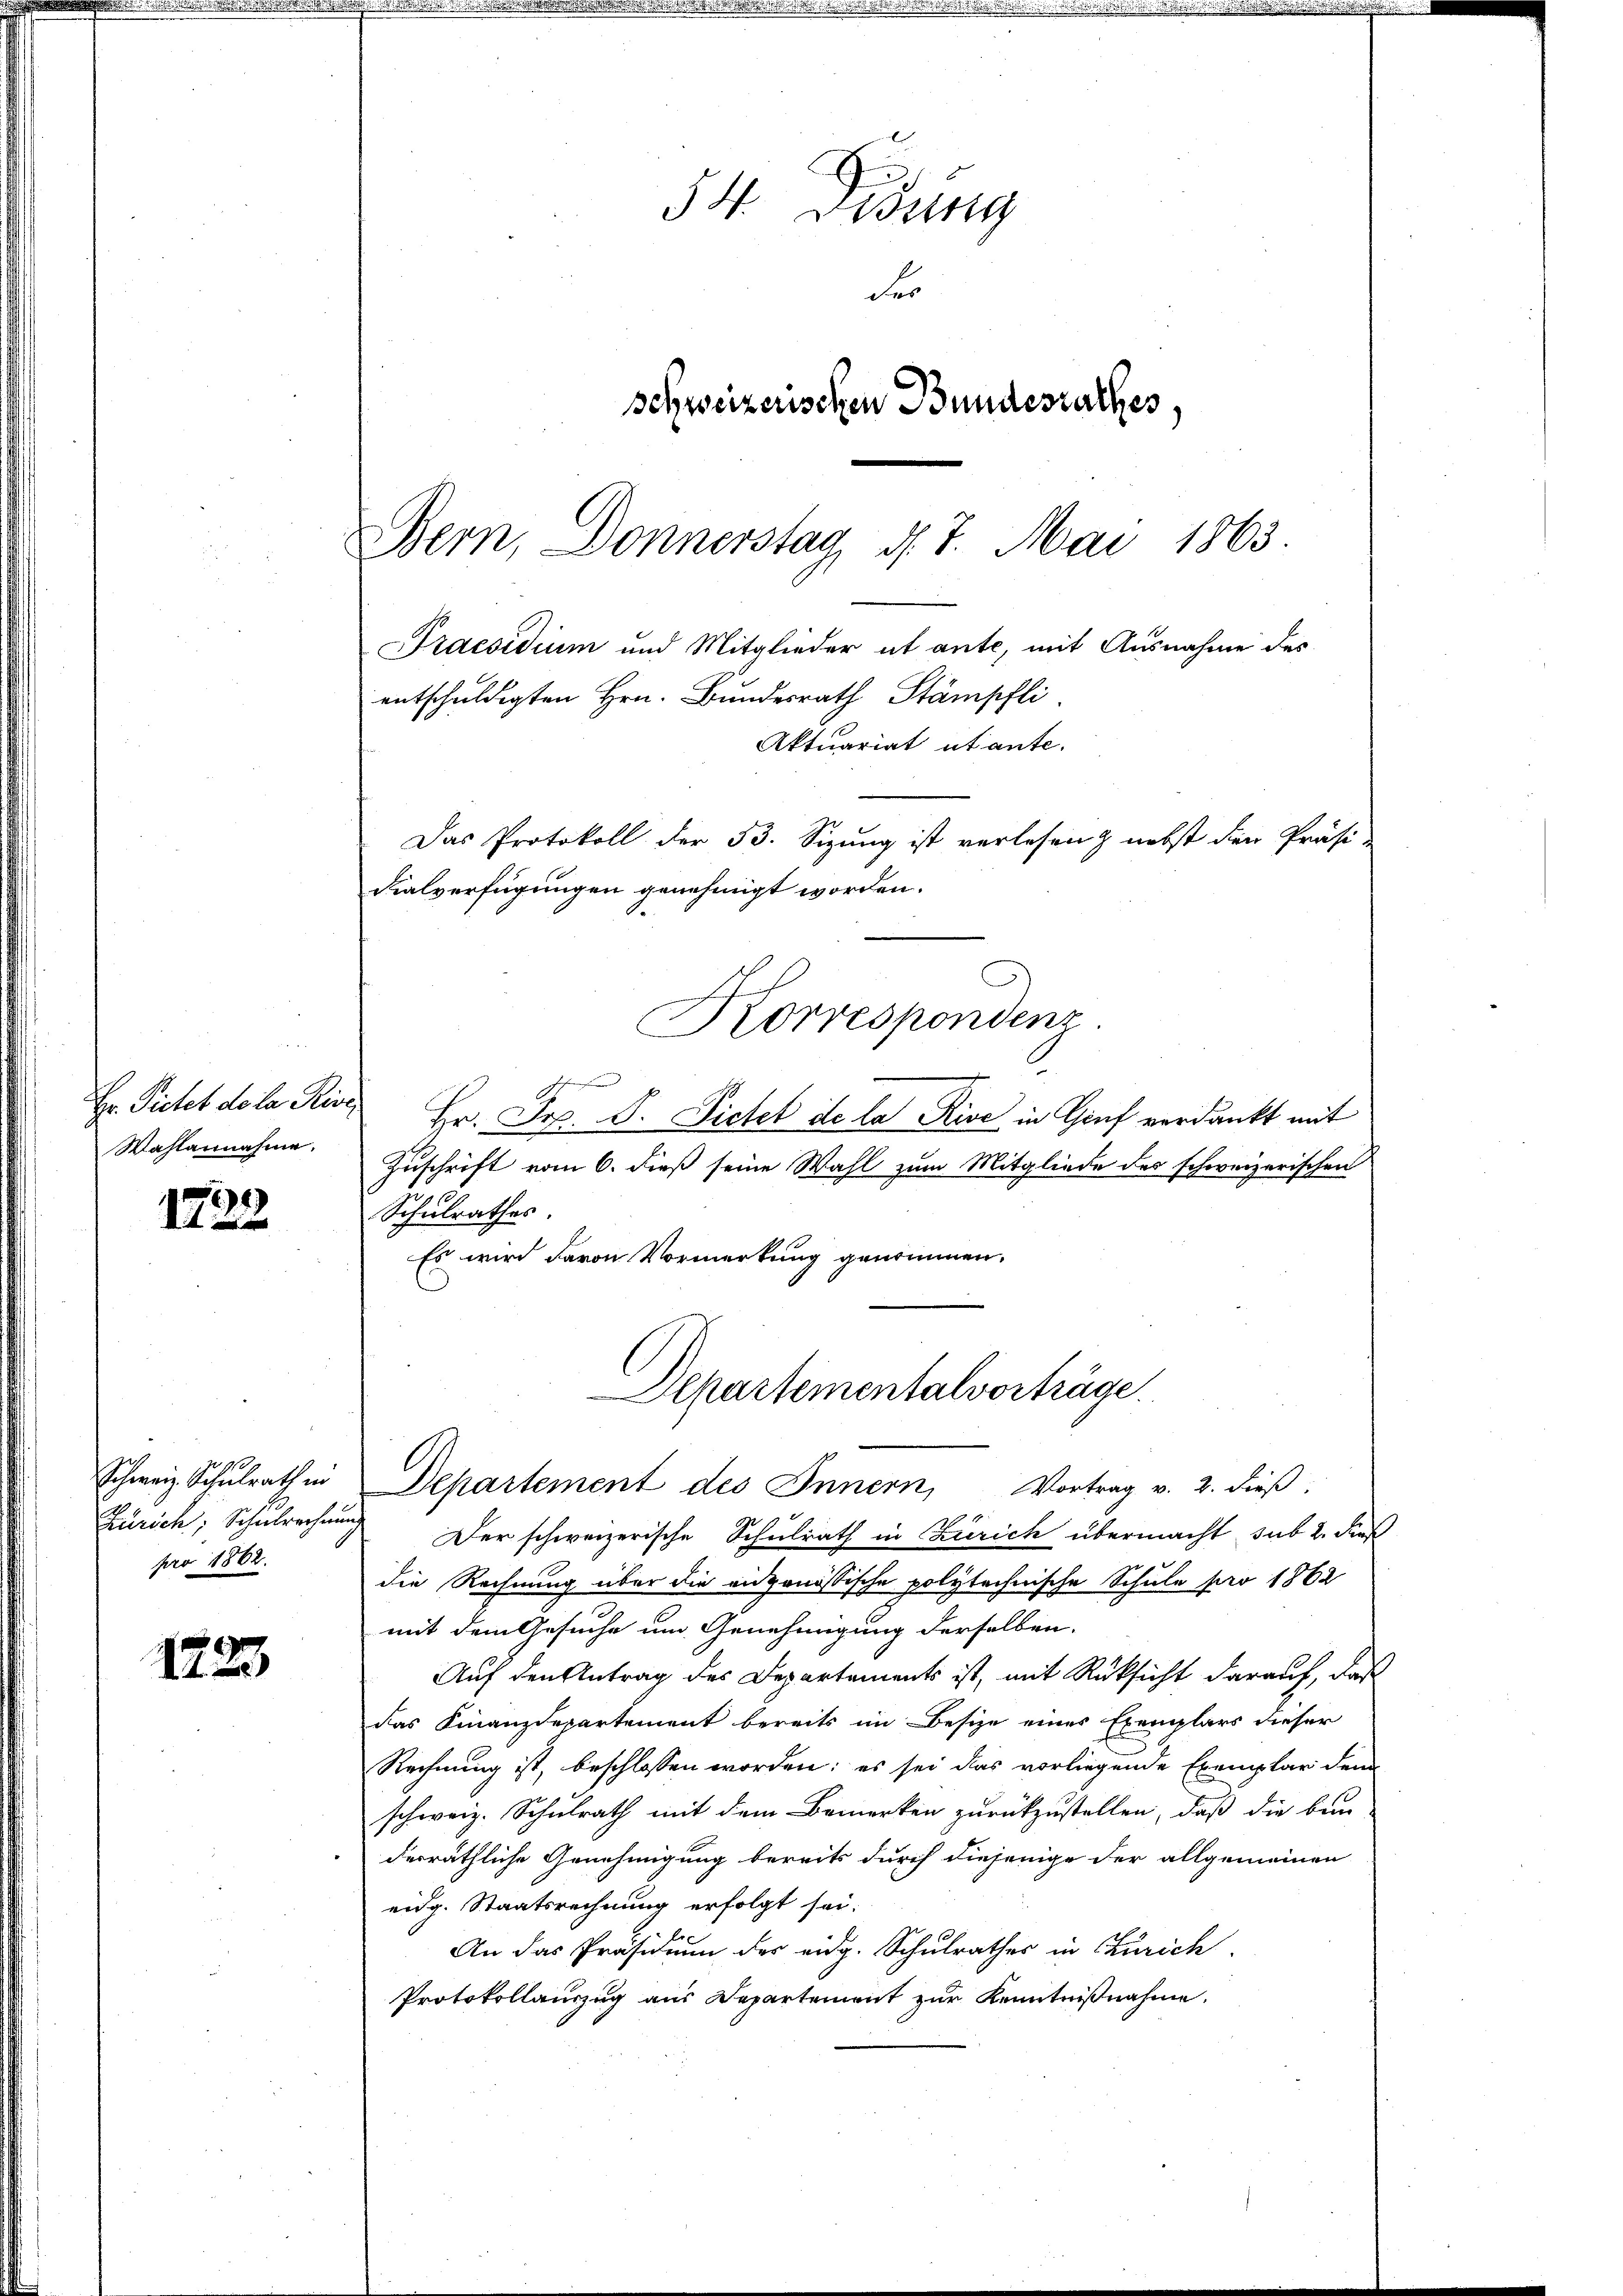
Wahlannahme.

22)
12

Zürich, Schulrechnung
pro 1862.

122

G
Hr. Pietet de la Rive Hr. Frz. S. Ficht de la Rise in Genf verdankt mit
Zuschrift vom 6. dieß seine Wahl zum Mitgliede des schweizerischen
Schulrathes
Es wird davon Vormerkung genommen.
Departementalvorträge.
Schweiz Schŭlrath in Departement des Innern, Vortrag v. 2. dieβ.
Der schweizerische Schulrath in Zürich übermacht sub 2. dieß
die Rechnung über die eidgenössische polytechnische Schule pro 1862
mit dem Gesuche um Genehmigung derselben.
Auf den Antrag des Departements ist, mit Rücksicht darauf, daß
das Finanzdepartement bereits im Besize eines Exemplars dieser
Rechnung ist, beschlossen worden; es sei das vorliegende Exemplar dem
schweiz. Schulrath mit dem Bemerken zurückzustellen, daß die bei
derräthliche Genehmigung bereits durch diejenige der allgemeinen
eidg. Staatsrechnung erfolgt sei.
An das Präsidium der eidg. Schulrathes in Zürich
Protokollauszug aus Departement zur Kenntnißnahme.

54. Didung
des
schweizerischen Bundesrathes,

Bern, Donnerstag, d. 7. Mai 1863.
Praesidium und Mitglieder ut ante, mit Ausnahme des
entschuldigten Hrn. Bundesrath Stämpfli
Aktuariat utante.
Das Protokoll der 53. Sizung ist verlesen & nebst den Präsidialverfügungen genehmigt worden.

Korrespondenz